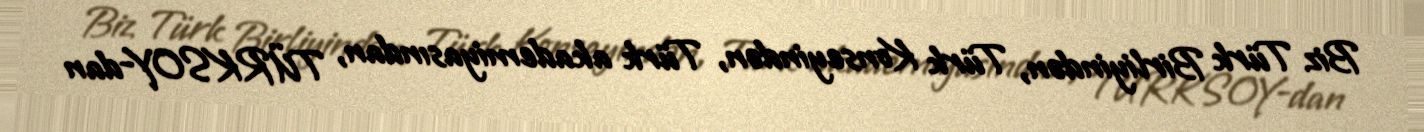
Biz Türk Birliyindən, Türk Konseyindən, Türk akademiyasından, TÜRKSOY-dan